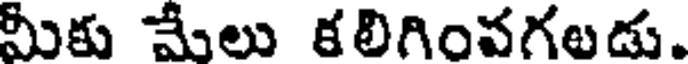
మీకు మేలు కలిగింవగలడు.